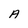
Character: A